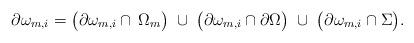
LaTeX: \begin{align*} \partial\omega_{m,i} =\big(\partial\omega_{m,i}\cap\,\Omega_m\big) \;\cup\; \big(\partial\omega_{m,i}\cap\partial\Omega\big) \;\cup\; \big(\partial\omega_{m,i} \cap\Sigma\big). \end{align*}